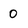
Character: 0